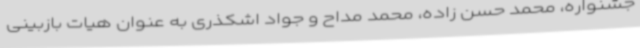
جشنواره، محمد حسن زاده، محمد مداح و جواد اشکذری به عنوان هیات بازبینی